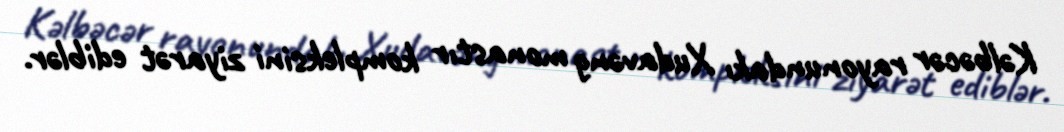
Kəlbəcər rayonundakı Xudavəng monastır kompleksini ziyarət ediblər.